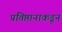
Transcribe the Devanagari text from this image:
प्रतिष्ठानाकडून